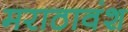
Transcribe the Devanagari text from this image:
मराठावंश